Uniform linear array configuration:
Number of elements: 32
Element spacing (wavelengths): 0.5
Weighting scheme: exponential
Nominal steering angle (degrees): -30
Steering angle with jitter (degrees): -31.265
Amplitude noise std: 0.05
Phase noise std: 0.05

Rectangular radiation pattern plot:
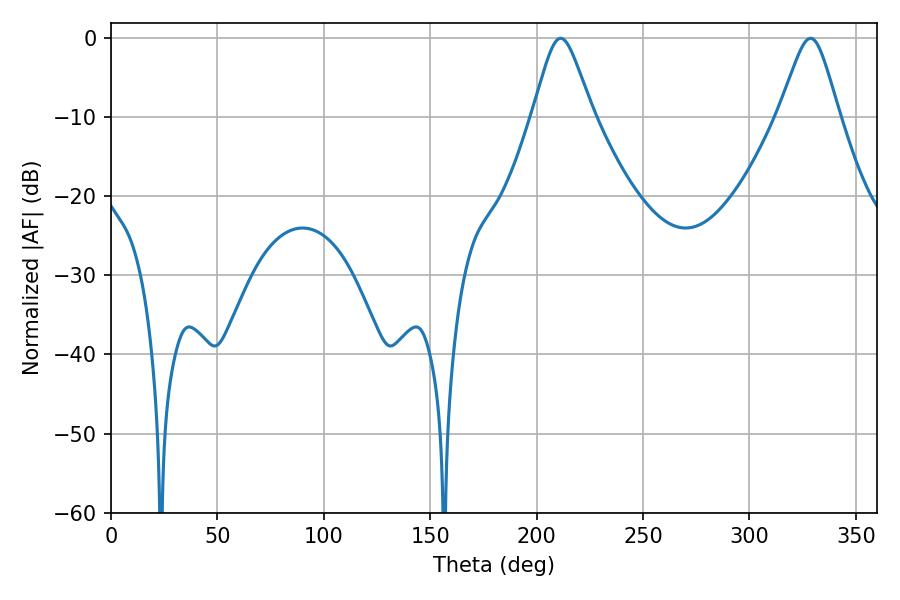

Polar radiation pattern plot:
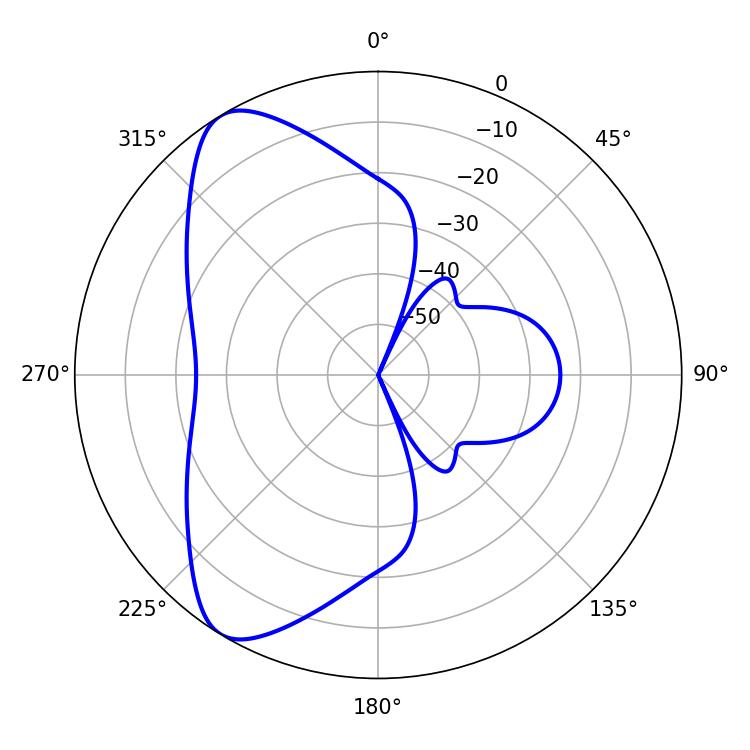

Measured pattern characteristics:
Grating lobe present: FALSE
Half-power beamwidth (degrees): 13.68
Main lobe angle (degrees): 211.32